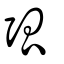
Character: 弧